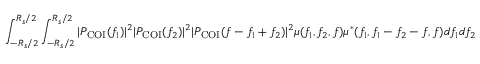
\int _ { - R _ { s } / 2 } ^ { R _ { s } / 2 } \int _ { - R _ { s } / 2 } ^ { R _ { s } / 2 } | P _ { \mathrm { C O I } } ( f _ { 1 } ) | ^ { 2 } | P _ { \mathrm { C O I } } ( f _ { 2 } ) | ^ { 2 } | P _ { \mathrm { C O I } } ( f - f _ { 1 } + f _ { 2 } ) | ^ { 2 } \mu ( f _ { 1 } , f _ { 2 } , f ) \mu ^ { * } ( f _ { 1 } , f _ { 1 } - f _ { 2 } - f , f ) d f _ { 1 } d f _ { 2 }